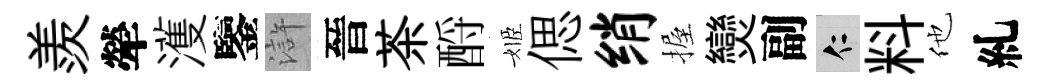
羨犖濩鑒滸晉茶酹姬偲绡握𤓖副仁料他糺